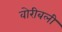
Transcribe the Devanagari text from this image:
वोरीबली